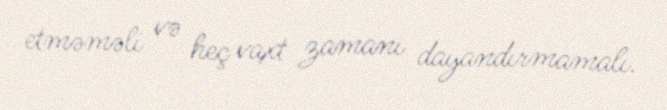
etməməli və heç vaxt zamanı dayandırmamalı.